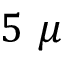
5 ~ \mu